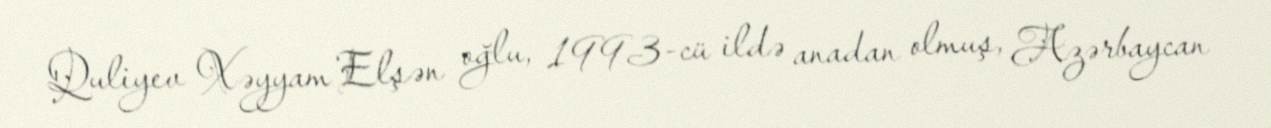
Quliyev Xəyyam Elşən oğlu, 1993-cü ildə anadan olmuş, Azərbaycan